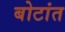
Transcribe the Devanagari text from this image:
बोटांत